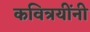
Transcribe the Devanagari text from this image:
कवित्रयींनी